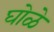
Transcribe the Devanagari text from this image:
घोळे